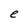
Character: e